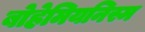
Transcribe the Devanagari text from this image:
बोहेमियनिस्म